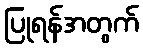
ပြုရန်အတွက်